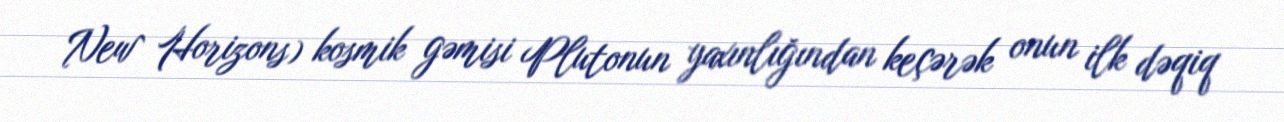
New Horizons) kosmik gəmisi Plutonun yaxınlığından keçərək onun ilk dəqiq